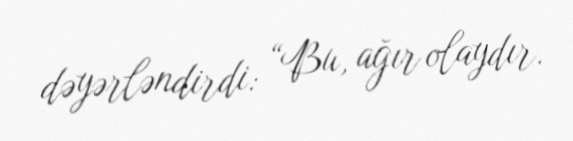
dəyərləndirdi: “Bu, ağır olaydır.